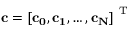
\mathbf { c } = \left[ \bf c _ { 0 } , c _ { 1 } , \hdots , c _ { N } \right] ^ { \mathrm { ~ T ~ } }